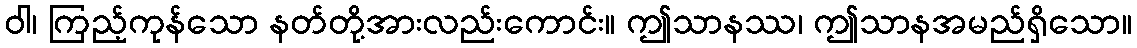
ဝါ၊ ကြည့်ကုန်သော နတ်တို့အားလည်းကောင်း။ ဤသာနဿ၊ ဤသာနအမည်ရှိသော။